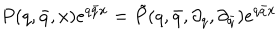
P ( q , \bar { q } , x ) e ^ { q \bar { q } x } = \tilde { P } ( q , \bar { q } , \partial _ { q } , \partial _ { \bar { q } } ) e ^ { q \bar { q } x }